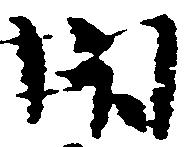
閇